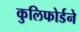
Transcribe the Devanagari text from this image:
कुलिफोर्डने